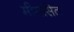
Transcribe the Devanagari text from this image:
मीमांसेत